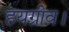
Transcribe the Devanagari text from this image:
हयग्रीव।